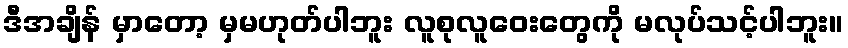
ဒီအချိန် မှာတော့ မှမဟုတ်ပါဘူး လူစုလူဝေးတွေကို မလုပ်သင့်ပါဘူး။